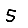
Digit: 5